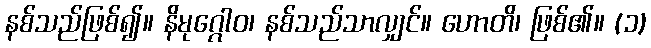
နစ်သည်ဖြစ်၍။ နိမုဂ္ဂေါဝ၊ နစ်သည်သာလျှင်။ ဟောတိ၊ ဖြစ်၏။ (၁)